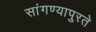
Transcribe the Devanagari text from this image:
सांगण्यापुरते